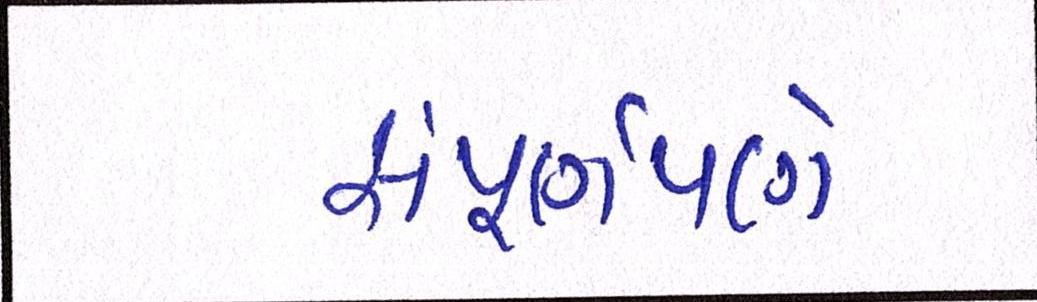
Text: સંપૂર્ણપણે